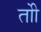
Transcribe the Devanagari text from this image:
तोी